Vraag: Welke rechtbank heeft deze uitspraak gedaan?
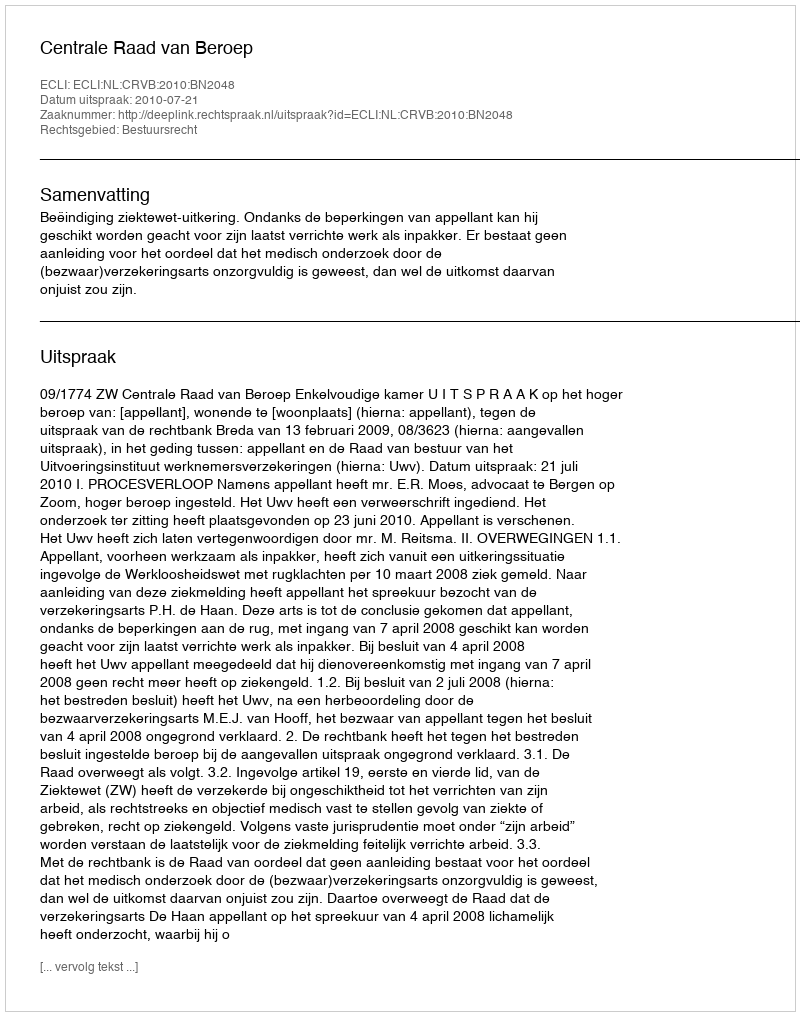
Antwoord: Centrale Raad van Beroep